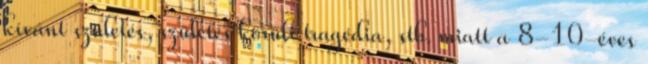
kívánt születés, születés körüli tragédia, stb. miatt a 8-10-éves